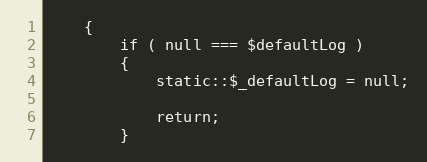
Language: PHP
    {
        if ( null === $defaultLog )
        {
            static::$_defaultLog = null;

            return;
        }